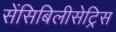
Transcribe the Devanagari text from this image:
सेंसिबिलीसेट्रिस